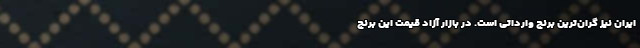
ایران نیز گران‌ترین برنج وارداتی است. در بازار آزاد قیمت این برنج